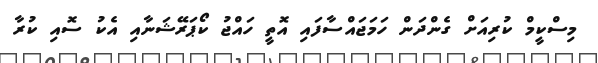
މިސްކީމް ކުރިއަށް ގެންދަން ހަމަޖައްސާފައި އޮތީ ހައްޖު ކޯޕަރޭޝަނާއި އެކު ސޮއި ކުރާ